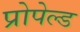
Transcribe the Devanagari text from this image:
प्रोपेल्ड